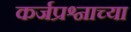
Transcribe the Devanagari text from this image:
कर्जप्रश्नाच्या